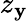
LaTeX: z_{\mathbf{y}}